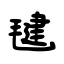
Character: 毽